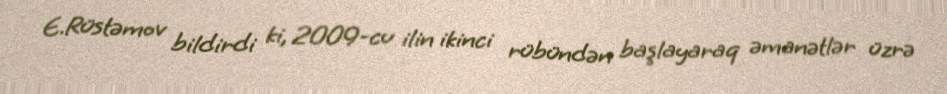
E.Rüstəmov bildirdi ki, 2009-cu ilin ikinci rübündən başlayaraq əmanətlər üzrə